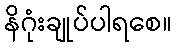
နိဂုံးချုပ်ပါရစေ။